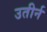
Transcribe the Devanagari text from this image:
उतीर्न